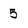
Character: 5